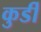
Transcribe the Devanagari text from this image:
कुर्डी